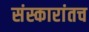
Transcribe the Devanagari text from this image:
संस्कारांतच